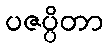
ပဇပ္ပိတာ